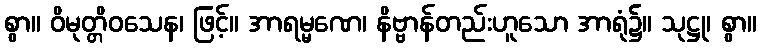
စွာ။ ဝိမုတ္တိဝသေန၊ ဖြင့်။ အာရမ္မဏေ၊ နိဗ္ဗာန်တည်းဟူသော အာရုံ၌။ သုဋ္ဌု၊ စွာ။